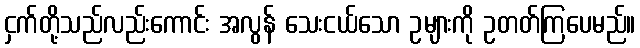
ငှက်တို့သည်လည်းကောင်း အလွန် သေးငယ်သော ဥများကို ဥတတ်ကြပေမည်။